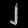
Digit: ၂